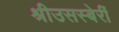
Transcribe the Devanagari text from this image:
श्रीउसस्बेर्री